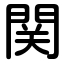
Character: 関